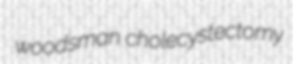
woodsman cholecystectomy